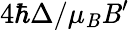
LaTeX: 4\hbar\Delta/\mu_{\mathit{B}}\mathit{B}^{\prime}